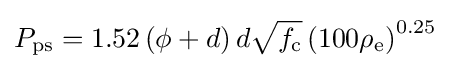
P_{\text{ps}}={1.52\left(\phi +d\right)d{\sqrt {f_{\text{c}}}}\left(100\rho _{\text{e}}\right)^{0.25}}